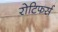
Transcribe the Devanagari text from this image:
रोटिफर्स